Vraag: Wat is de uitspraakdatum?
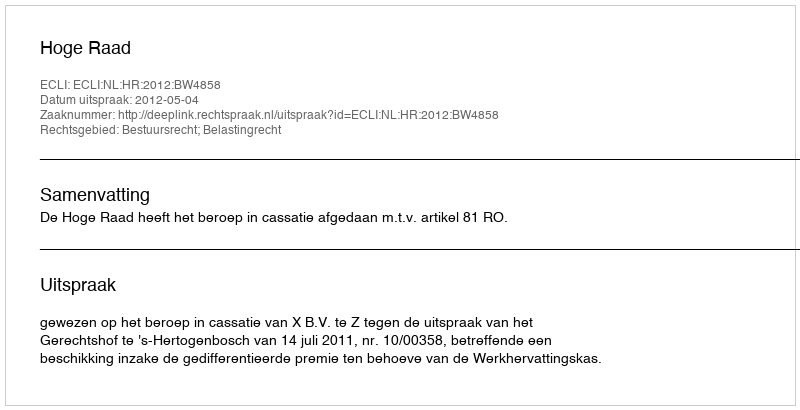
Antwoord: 2012-05-04